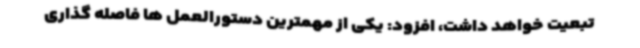
تبعیت خواهد داشت، افزود: یکی از مهمترین دستورالعمل ها فاصله گذاری